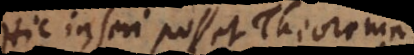
Hic inseri posset Theorema